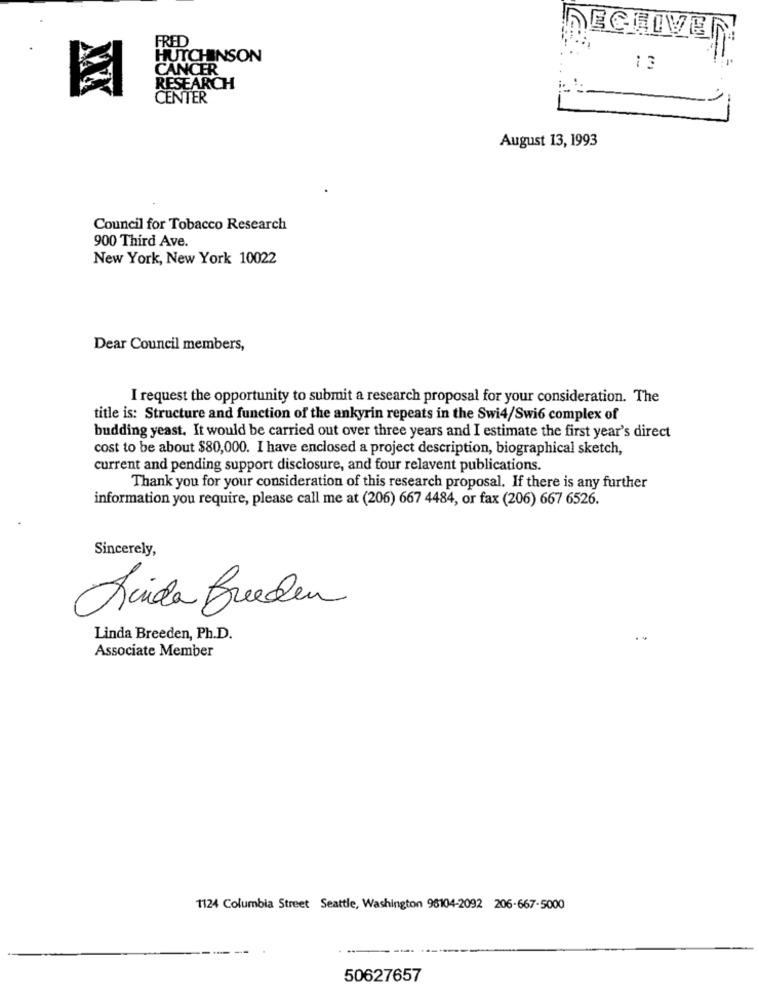
FRED
RECEIVE
HUTCHINSON
CANCER
13
RESEARCH
CENTER
August 13, 1993
Council for Tobacco Research
900 Third Ave.
New York, New York 10022
Dear Council members,
I request the opportunity to submit a research proposal for your consideration. The
title is: Structure and function of the ankyrin repeats in the Swi4/Swi6 complex of
budding yeast. It would be carried out over three years and I estimate the first year's direct
cost to be about $80,000. I have enclosed a project description, biographical sketch,
current and pending support disclosure, and four relavent publications.
Thank you for your consideration of this research proposal. If there is any further
information you require, please call me at (206) 667 4484, or fax (206) 667 6526.
Sincerely,
Quida Breeden
Linda Breeden, Ph.D.
Associate Member
1124 Columbia Street Seattle, Washington 96104-2092 206-667-5000
50627657